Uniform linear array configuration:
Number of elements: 12
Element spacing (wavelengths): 0.75
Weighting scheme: hamming
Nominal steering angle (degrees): -15
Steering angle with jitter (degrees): -15.371
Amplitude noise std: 0.05
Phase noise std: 0.05

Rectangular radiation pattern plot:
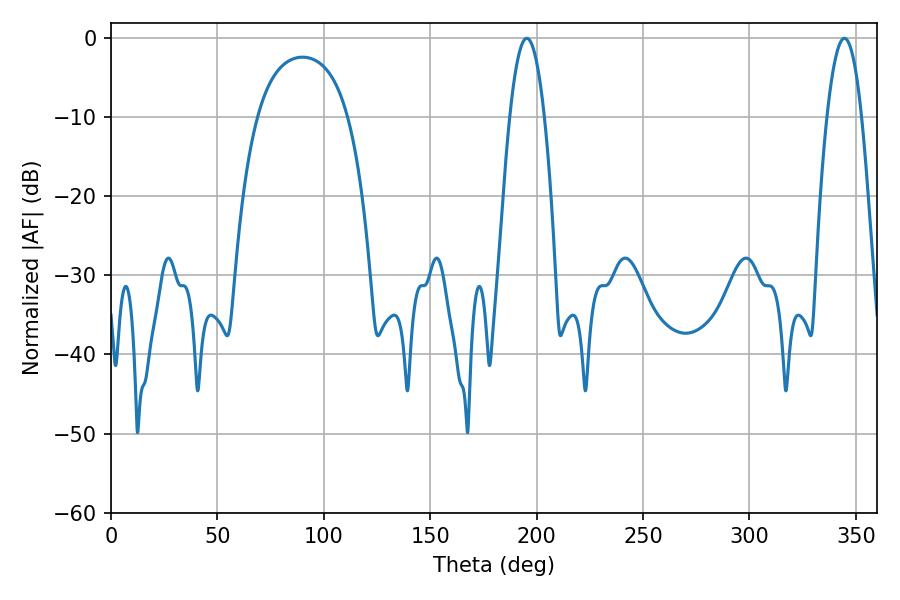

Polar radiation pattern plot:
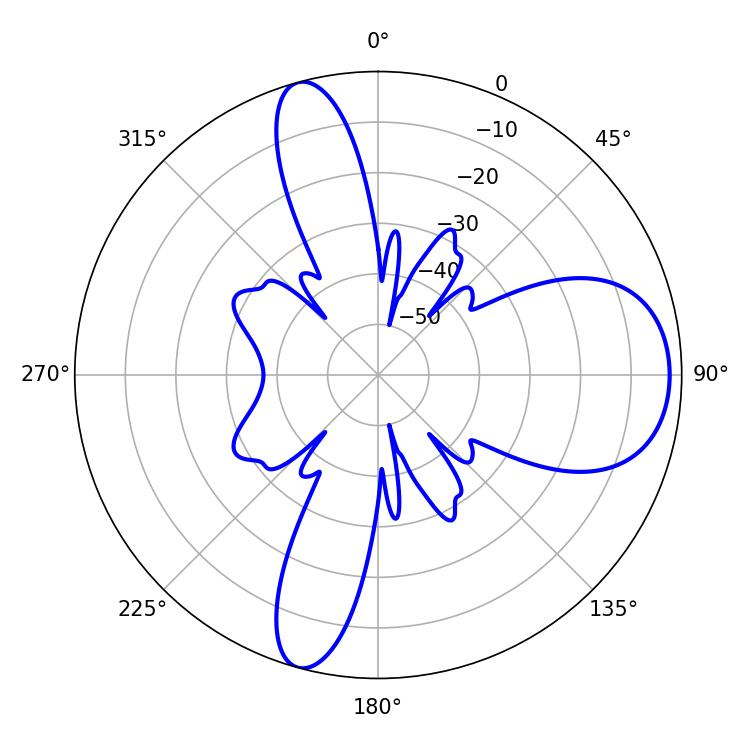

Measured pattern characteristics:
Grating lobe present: TRUE
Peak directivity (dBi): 9.907
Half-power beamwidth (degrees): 8.82
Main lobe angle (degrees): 195.3